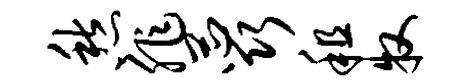
愁非蕊租牧